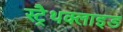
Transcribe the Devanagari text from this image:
स्ट्रैथक्लाइड